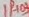
Text: 1H03